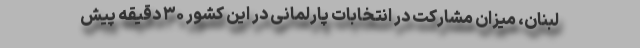
لبنان، میزان مشارکت در انتخابات پارلمانی در این کشور ۳۰ دقیقه پیش